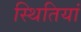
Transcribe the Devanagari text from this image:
स्‍थितियां